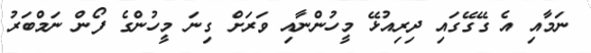
ނަމާއި އެ ގޭގޭގައި ދިރިއުޅޭ މީހުންނާއި ވަރަށް ގިނަ މީހުންގެ ފޯން ނަމްބަރު